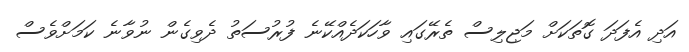
އަދި އެފަދަ ގޮތަކަށް މަޖިލިސް ތެރޭގައި ވާހަކަދެއްކޭނެ ފުރުސަތު ދެވިގެން ނުވާނެ ކަމަށްވެސް